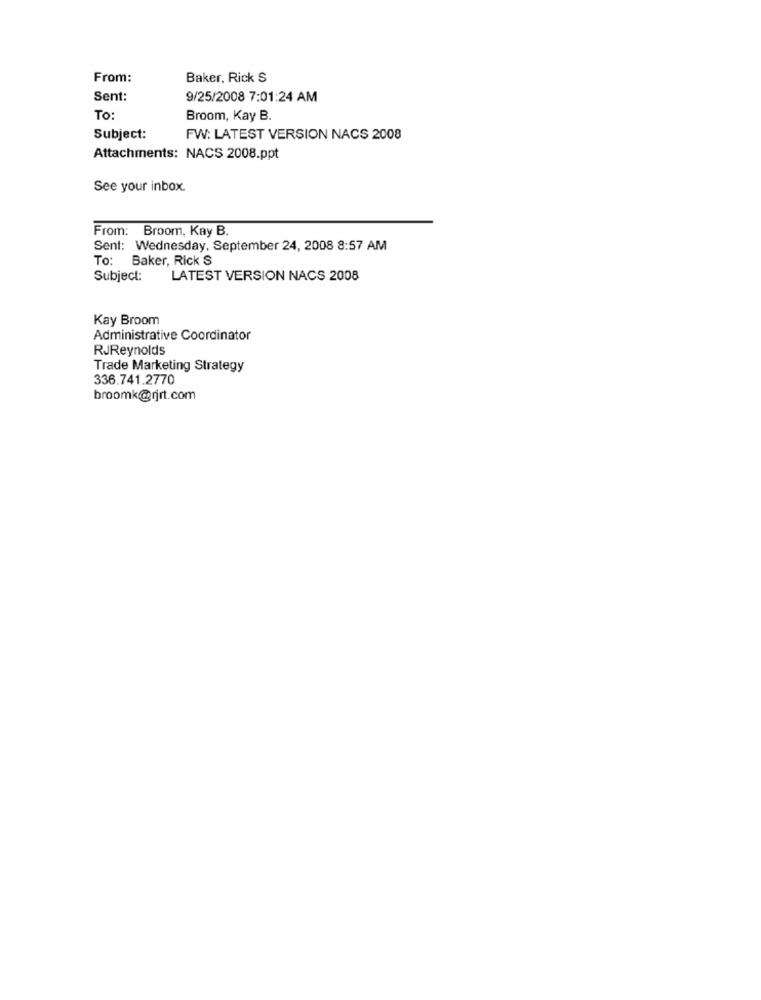
From:
Baker, Rick S
Sent:
9/25/2008 7:01:24 AM
To:
Broom, Kay B.
Subject:
FW: LATEST VERSION NACS 2008
Attachments: NACS 2008.ppt
See your inbox.
From: Broom, Kay B.
Sent: Wednesday, September 24, 2008 8:57 AM
To: Baker, Rick S
Subject:
LATEST VERSION NACS 2008
Kay Broom
Administrative Coordinator
RJReynolds
Trade Marketing Strategy
336.741.2770
broomk@rjrt.com